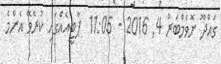
ގައްދޫ ނޮވެމްބަރު 4